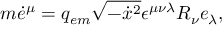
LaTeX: m \dot { e } ^ { \mu } = q _ { e m } \sqrt { - \dot { x } { } ^ { 2 } } \epsilon ^ { \mu \nu \lambda } R _ { \nu } e _ { \lambda } ,